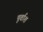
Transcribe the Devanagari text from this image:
पूर्वाश